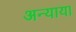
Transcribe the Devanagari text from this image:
अन्याया